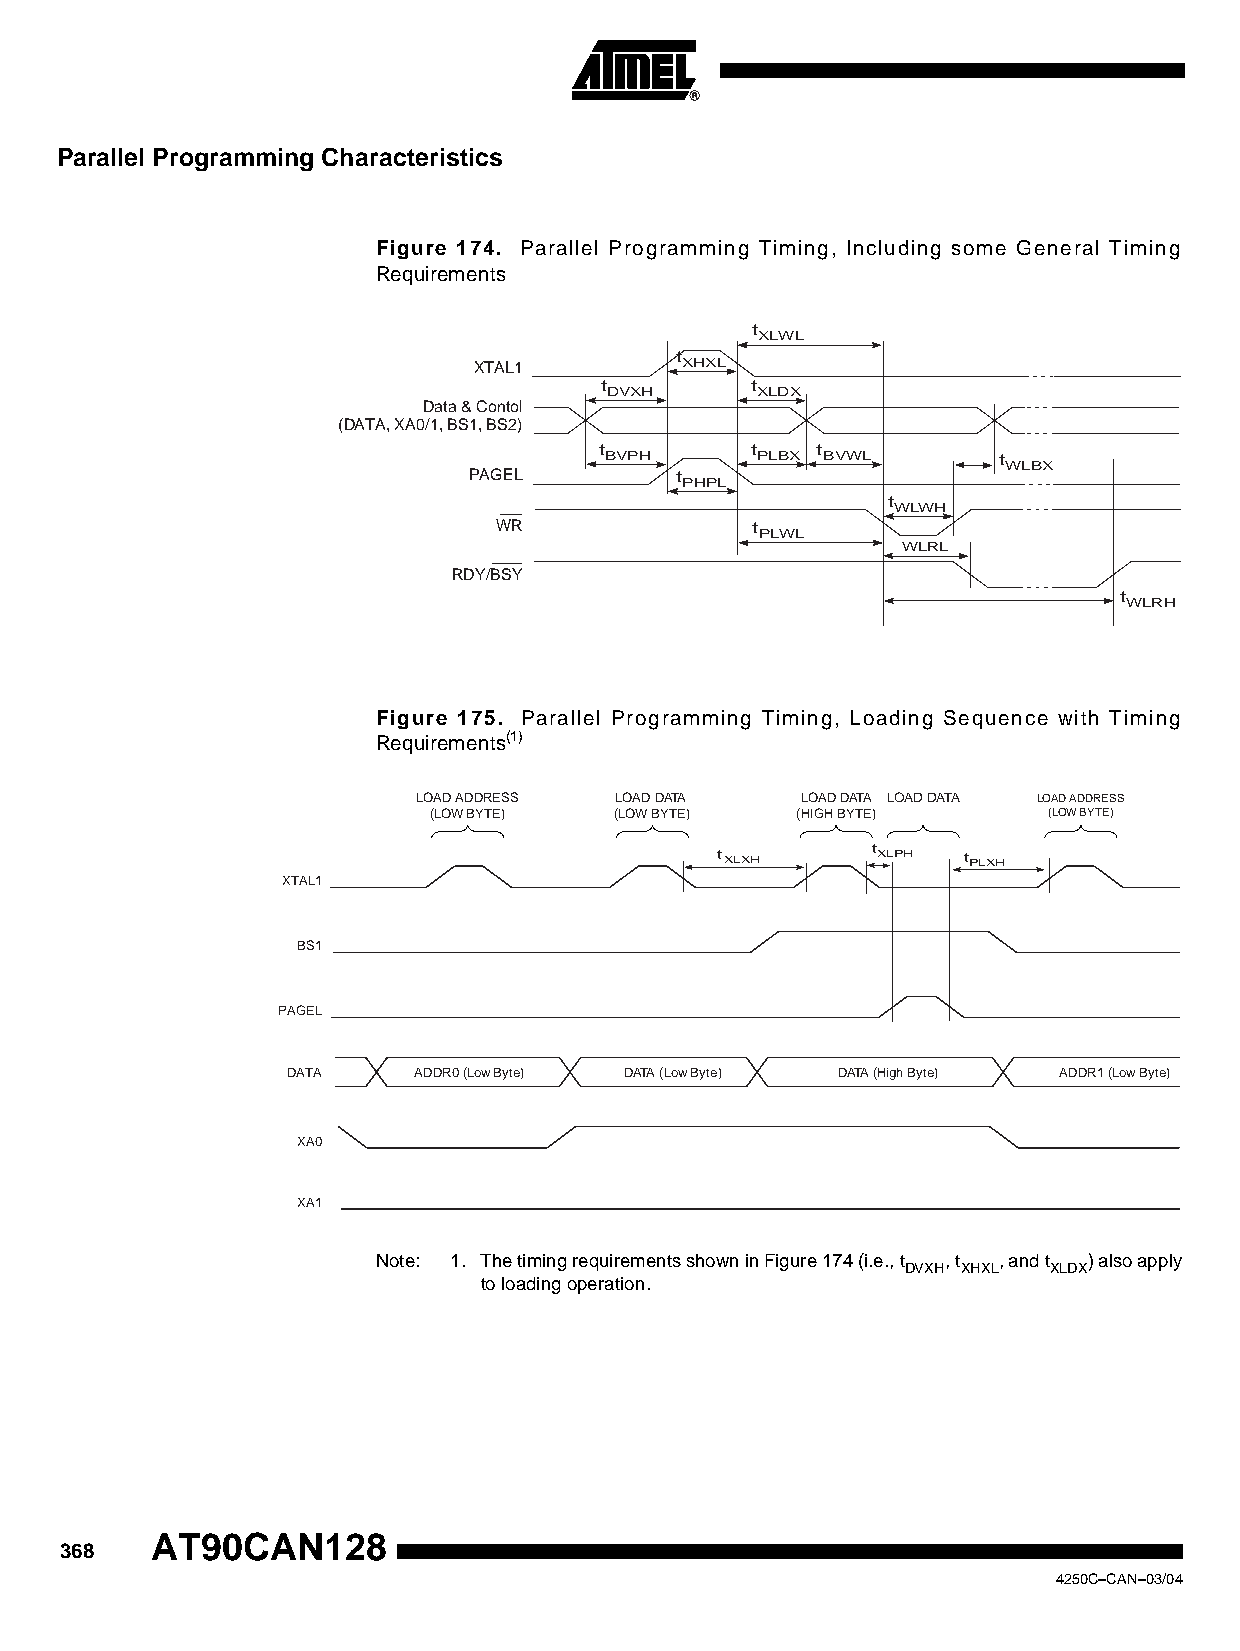
Parallel Programming Characteristics
 Figure 174. Parallel Programming Timing, Including some General Timing
 Requirements
 t
 XLWL
 t
 XTAL1         XHXL
 t         t
 DVXH      XLDX
 Data & Contol
 (DATA, XA0/1, BS1, BS2)
 t         t   t
 BVPH      PLBX BVWL       t
 WLBX
 PAGEL         t
 PHPL
 t
 WLWH
 WR               t
 PLWL
 WLRL
 RDY/BSY
 t
 WLRH
 Figure 175. Parallel Programming Timing, Loading Sequence with Timing
 Requirements(1)
 LOAD ADDRESS LOAD DATA   LOAD DATA LOAD DATA LOAD ADDRESS
 (LOW BYTE)   (LOW BYTE)  (HIGH BYTE)     (LOW BYTE)
 t XLXH     t XLPH t PLXH
 XTAL1
 BS1
 PAGEL
 DATA    ADDR0 (Low Byte) DATA (Low Byte) DATA (High Byte) ADDR1 (Low Byte)
 XA0
 XA1
 Note: 1. The timing requirements shown in Figure 174 (i.e., t , t , and t ) also apply
 DVXH XHXL XLDX
 to loading operation.
 AT90CAN128
 368
 4250C–CAN–03/04